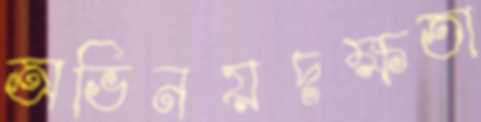
অভিনয়দক্ষতা